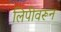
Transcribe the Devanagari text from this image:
लिपीवरून